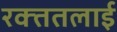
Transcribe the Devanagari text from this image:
रक्‍ततलाई